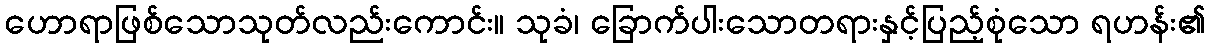
ဟောရာဖြစ်သောသုတ်လည်းကောင်း။ သုခံ၊ ခြောက်ပါးသောတရားနှင့်ပြည့်စုံသော ရဟန်း၏